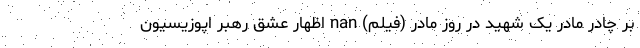
بر چادر مادر یک شهید در روز مادر (فیلم) nan اظهار عشق رهبر اپوزیسیون